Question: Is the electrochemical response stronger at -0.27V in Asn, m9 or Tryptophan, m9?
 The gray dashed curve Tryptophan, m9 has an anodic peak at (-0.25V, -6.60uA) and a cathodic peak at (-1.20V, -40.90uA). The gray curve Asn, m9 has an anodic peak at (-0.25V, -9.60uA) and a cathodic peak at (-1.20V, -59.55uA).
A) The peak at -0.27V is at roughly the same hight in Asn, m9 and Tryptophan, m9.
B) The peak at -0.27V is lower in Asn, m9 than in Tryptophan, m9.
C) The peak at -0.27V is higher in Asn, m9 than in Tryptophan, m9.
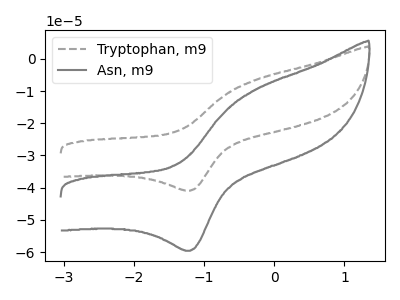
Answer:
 <answer>B) The peak at -0.27V is lower in "Asn, m9" than in "Tryptophan, m9".</answer>
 <eval>B</eval>